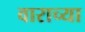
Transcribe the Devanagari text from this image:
वाराच्या